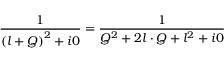
\frac { 1 } { \left( l + Q \right) ^ { 2 } + i 0 } = \frac { 1 } { Q ^ { 2 } + 2 l \cdot Q + l ^ { 2 } + i 0 }